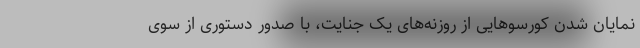
نمایان شدن کورسو‌هایی از روزنه‌های یک جنایت، با صدور دستوری از سوی